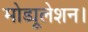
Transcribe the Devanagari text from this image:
मोड्यूलेशन।